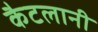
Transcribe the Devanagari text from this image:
कैटलानी